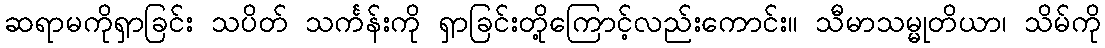
ဆရာမကိုရှာခြင်း သပိတ် သင်္ကန်းကို ရှာခြင်းတို့ကြောင့်လည်းကောင်း။ သီမာသမ္မုတိယာ၊ သိမ်ကို